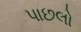
પાછલો